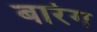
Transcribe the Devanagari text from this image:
बारेग